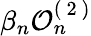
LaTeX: \beta_{n}\mathcal{O}_{n}^{(\mathrm{~2~})}